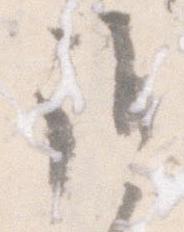
誰